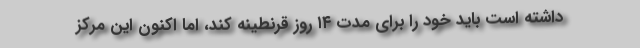
داشته است باید خود را برای مدت ۱۴ روز قرنطینه کند، اما اکنون این مرکز